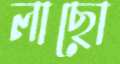
লাছো